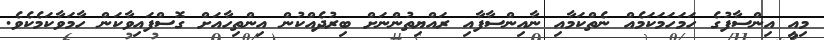
މިއީ އިންސާފުގެ ހަމަހަމަކަމެއް ނެތްކަމާއި ނާއިންސާފާއި ރައްޔިތުންނަށް ބިރުދެއްކުން އިންތިހާއަށް ގޮސްފައިވާކަން ހާމަވާކަމެކެވެ.